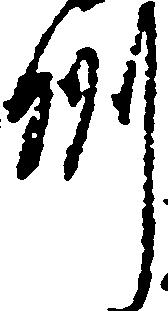
州